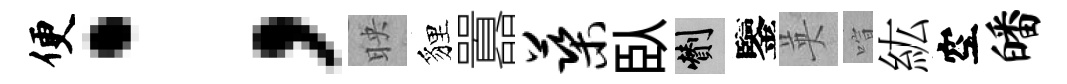
便；映貍囂蕖臥剪鑒英喧紘空皤